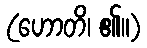
(ဟောတိ၊ ၏။)